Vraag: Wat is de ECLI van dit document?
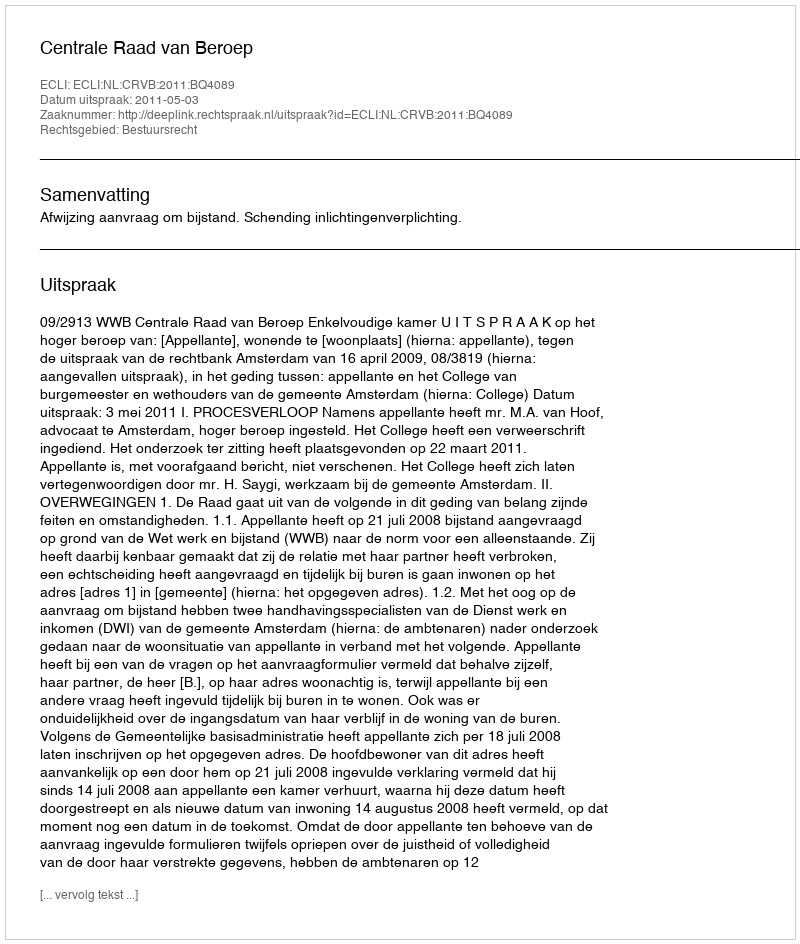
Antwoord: ECLI:NL:CRVB:2011:BQ4089